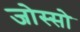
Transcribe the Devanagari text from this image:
जोस्सो